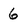
Character: 6